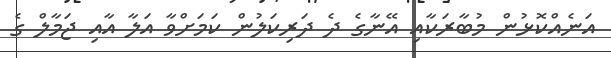
އަނެއްކޮޅުން މުބާރަކާއި އޭނާގެ ދެ ދަރިކަލުން ކަމަށްވާ އަލާ އާއި ޖަމާލް ގެ